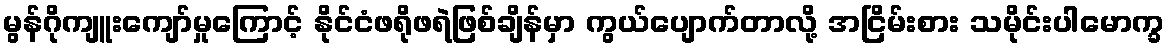
မွန်ဂိုကျူးကျော်မှုကြောင့် နိုင်ငံဖရိုဖရဲဖြစ်ချိန်မှာ ကွယ်ပျောက်တာလို့ အငြိမ်းစား သမိုင်းပါမောက္ခ